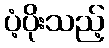
ပံ့ပိုးသည့်